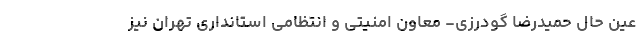
عین حال حمیدرضا گودرزی- معاون امنیتی و انتظامی استانداری تهران نیز